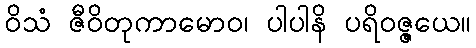
ဝိသံ ဇီဝိတုကာမောဝ၊ ပါပါနိ ပရိဝဇ္ဇယေ။